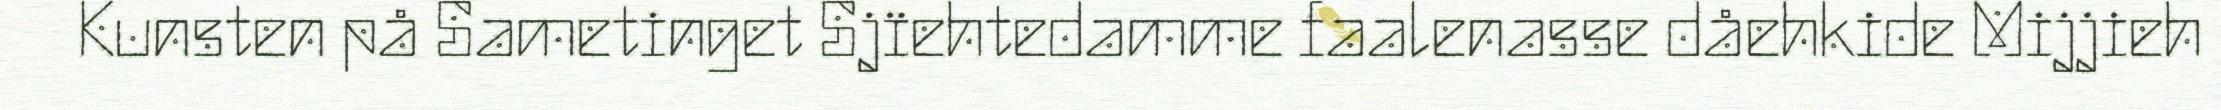
Kunsten på Sametinget Sjïehtedamme faalenasse dåehkide Mijjieh